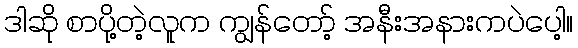
ဒါဆို စာပို့တဲ့လူက ကျွန်တော့် အနီးအနားကပဲပေါ့။